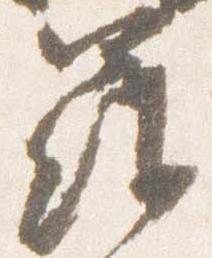
羅